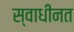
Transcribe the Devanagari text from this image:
स्वाधीनत